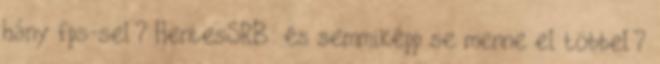
hány fps-sel? HentesSRB: és semmiképp se menne el többel?